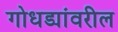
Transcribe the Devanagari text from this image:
गोधड्यांवरील